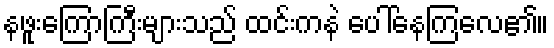
နဖူးကြောကြီးများသည် ထင်းကနဲ ပေါ်နေကြလေ၏။